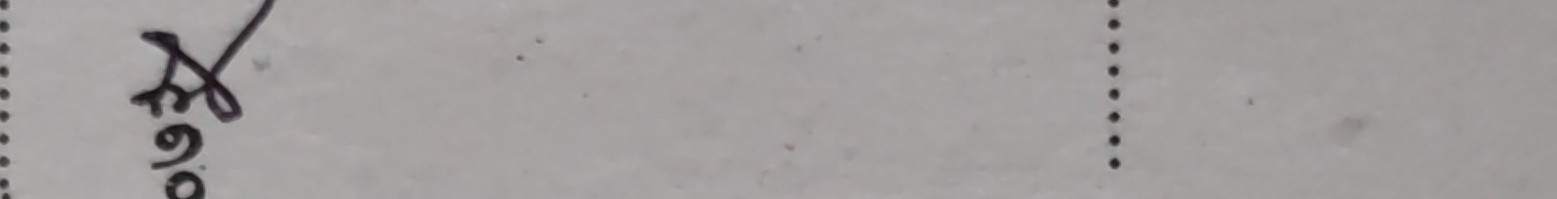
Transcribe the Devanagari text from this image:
स७०